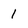
Character: 1